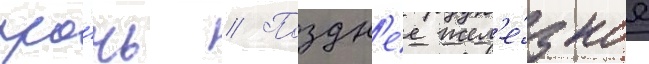
про́чь // Поздн'ее жел'е́зное